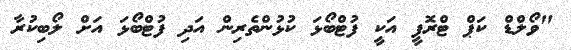
"ވޯލްޑް ކަޕް ޓްރޮފީ އަކީ ފުޓްބޯޅަ ކުޅުންތެރިން އަދި ފުޓްބޯޅަ އަށް ލޯބިކުރާ